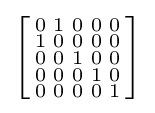
\left[{\begin{smallmatrix}0&1&0&0&0\\1&0&0&0&0\\0&0&1&0&0\\0&0&0&1&0\\0&0&0&0&1\\\end{smallmatrix}}\right]